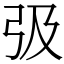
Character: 𢎽